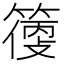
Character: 𥲼